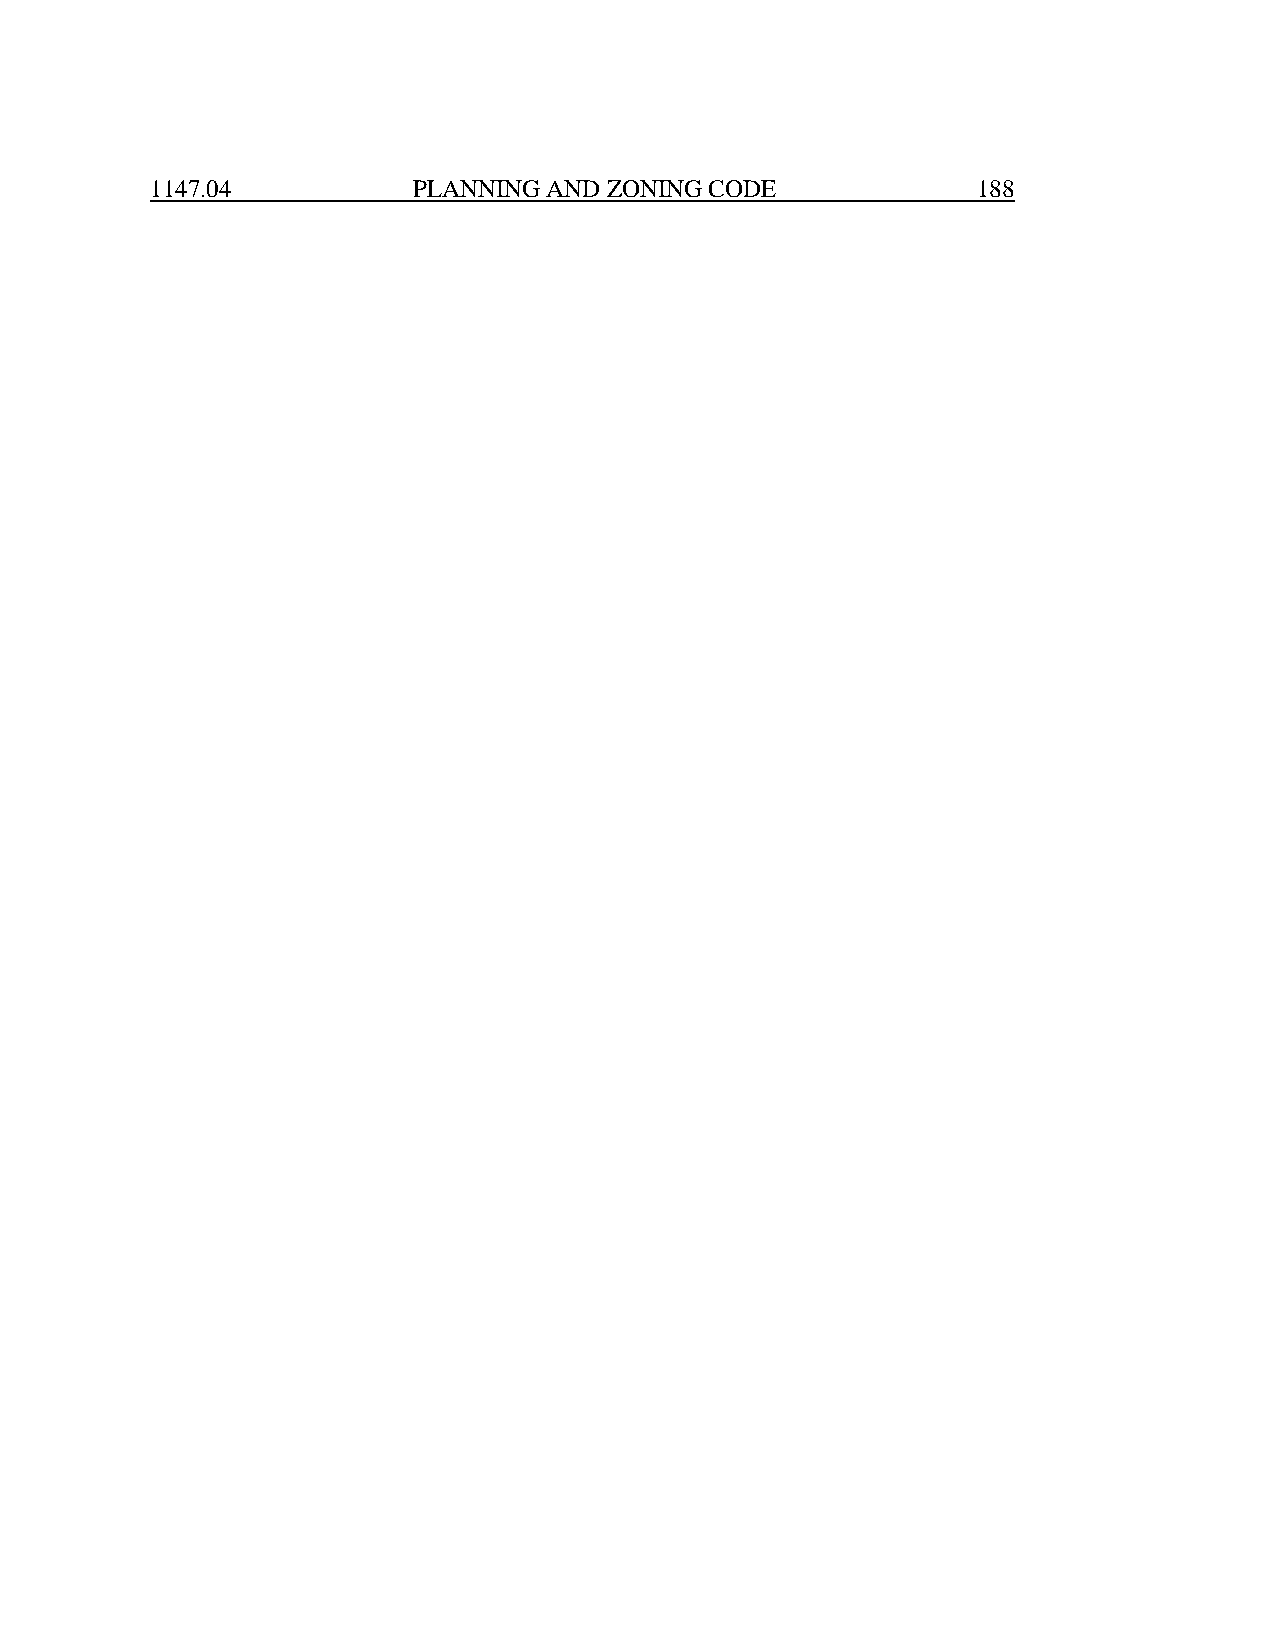
1147.04          PLANNING AND ZONING CODE              188